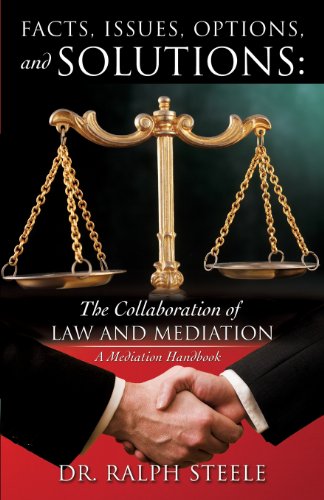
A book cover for Facts, Issues, Options and Solutions; Ralph Steele; Law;